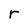
Character: r